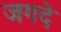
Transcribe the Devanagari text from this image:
जगदे